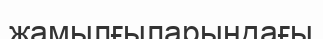
жамылғыларындағы